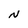
Character: N